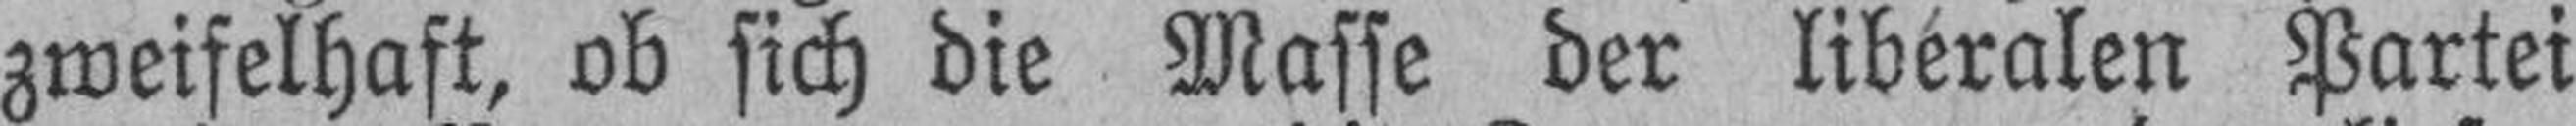
zweifelhaft, ob sich die Masse der liberalen Partei